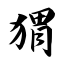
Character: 猬